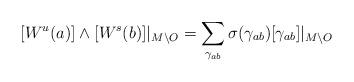
LaTeX: \begin{align*}[W^u(a)]\wedge [W^s(b)]|_{M\setminus O}=\sum_{\gamma_{ab}} \sigma(\gamma_{ab})[\gamma_{ab}]|_{M\setminus O}\end{align*}